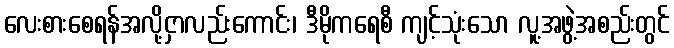
လေးစားစေရန်အလို့ငှာလည်းကောင်း၊ ဒီမိုကရေစီ ကျင့်သုံးသော လူ့အဖွဲ့အစည်းတွင်